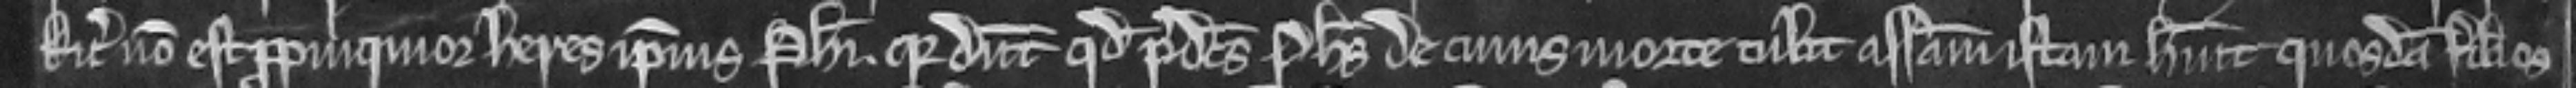
Ricardus non est propinquior heres ipsius Philippi quia dicunt quod predictus Philippus de cujus morte tulit assisam istam habuit quosdam filios